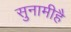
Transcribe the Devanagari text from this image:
सुनामीहै